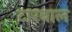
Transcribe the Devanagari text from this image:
टारबाल